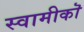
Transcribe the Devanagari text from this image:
स्वामीकॊ